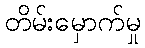
တိမ်းမှောက်မှု